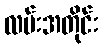
လမ်းအတိုင်း